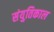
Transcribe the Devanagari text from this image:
संयुतिकाल